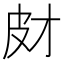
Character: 𤿋